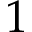
1